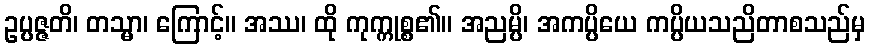
ဥပ္ပဇ္ဇတိ၊ တသ္မာ၊ ကြောင့်။ အဿ၊ ထို ကုက္ကုစ္စ၏။ အညမ္ပိ၊ အကပ္ပိယေ ကပ္ပိယသညိတာစသည်မှ